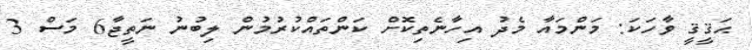
ޙަޤީޤީ ވާހަކަ: މަންމައާ މެދު އިހާނެތިކޮށް ކަންތައްކުރުމުން ލިބުނު ނަތީޖާ6 މަސް 3